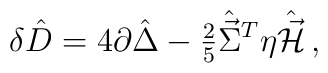
\delta \hat{D} = 4\partial\hat{\Delta}-{\textstyle\frac{2}{5}}\hat{\vec{\Sigma}}{}^{T}\eta\hat{\vec{\cal H}}\, ,